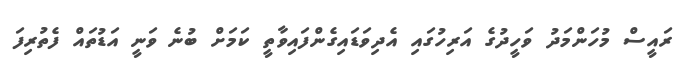
ރައީސް މުހަންމަދު ވަހީދުގެ އަރިހުގައި އެދިވަޑައިގެންފައިވާތީ ކަމަށް ބުނެ ވަނީ އަޑުތައް ފެތުރިފަ